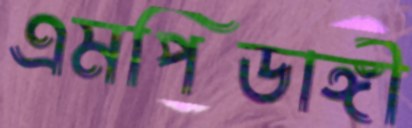
এমপিডাঙ্গী